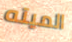
الميته